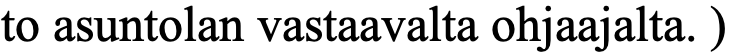
to asuntolan vastaavalta ohjaajalta. )